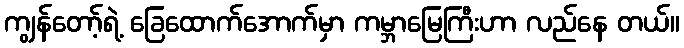
ကျွန်တော့်ရဲ့ ခြေထောက်အောက်မှာ ကမ္ဘာမြေကြီးဟာ လည်နေ တယ်။